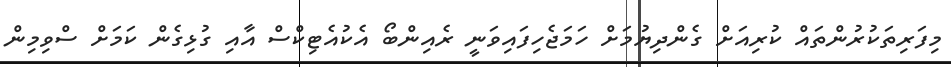
މިފަރިތަކުރުންތައް ކުރިއަށް ގެންދިޔުމަށް ހަމަޖެހިފައިވަނީ ރެއިންބޯ އެކުއެޓިކްސް އާއި ގުޅިގެން ކަމަށް ސްވިމިން